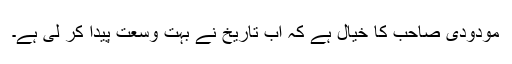
مودودی صاحب کا خیال ہے کہ اب تاریخ نے بہت وسعت پیدا کر لی ہے۔